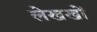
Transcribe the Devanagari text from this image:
लेखखों